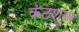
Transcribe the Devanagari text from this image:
कंठशूल